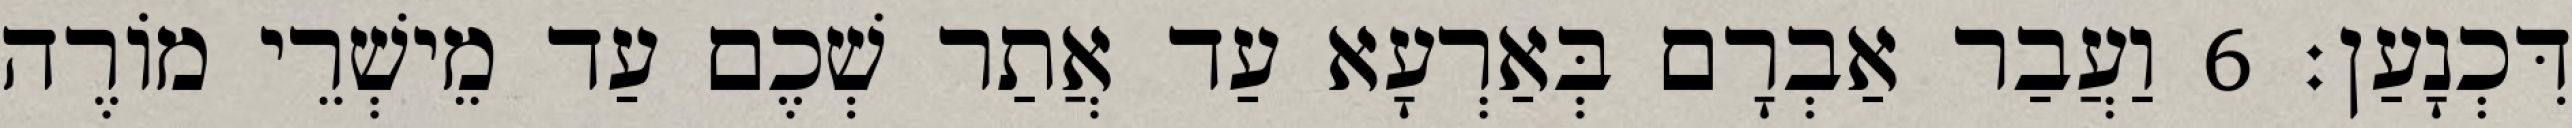
דִּכְנָעַן׃ 6 וַעֲבַר אַבְרָם בְּאַרְעָא עַד אֲתַר שְׁכֶם עַד מֵישְׁרֵי מוֹרֶה